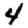
Digit: 4